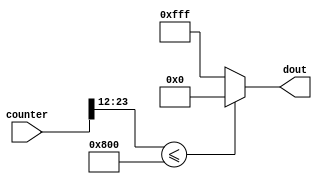
module wvf_square #(
    parameter COUNTER_WIDTH = 24,
    parameter OUTPUT_WIDTH = 12
) (
    input [COUNTER_WIDTH-1:0] counter,
    output wire [OUTPUT_WIDTH-1:0] dout
);

    assign dout = (counter[COUNTER_WIDTH-1 -: OUTPUT_WIDTH] <= 2**(OUTPUT_WIDTH-1))? 0 : 2**(OUTPUT_WIDTH)-1;
    
endmodule